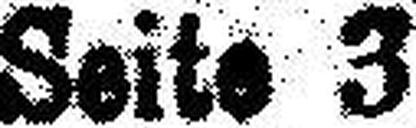
Seite 3